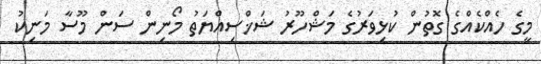
މީގެ ހެއްކެއްގެ ގޮތުން ކުޅިވަރުގެ މަޝްހޫރު ޝަޚްސިއްޔަތު މޯނިން ސަން މޫސާ މަނިކު